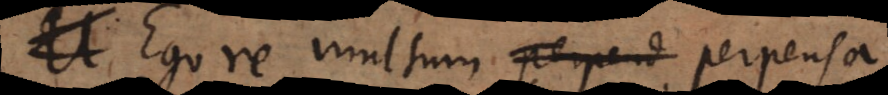
Ego re multum perpensa